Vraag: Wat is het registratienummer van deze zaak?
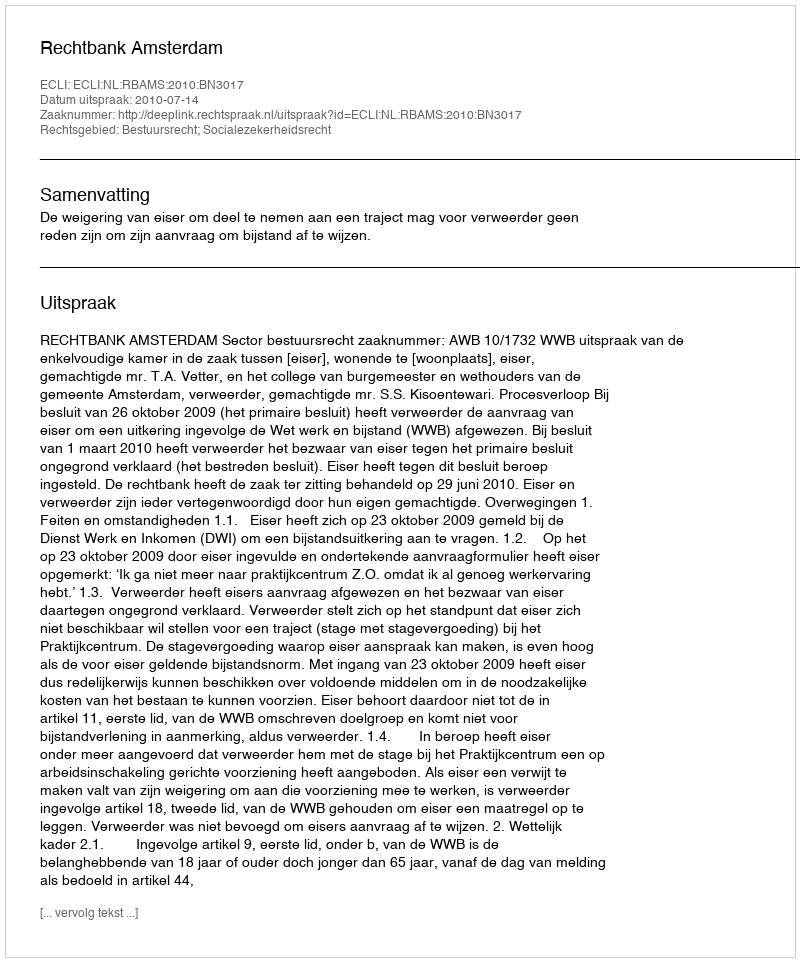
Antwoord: http://deeplink.rechtspraak.nl/uitspraak?id=ECLI:NL:RBAMS:2010:BN3017